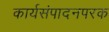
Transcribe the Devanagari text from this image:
कार्यसंपादनपरक